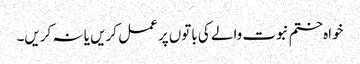
خواہ ختم نبوت والے کی باتوں پر عمل کریں یا نہ کریں۔